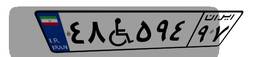
۰۸W۲۸۳۳۳